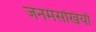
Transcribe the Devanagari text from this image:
जनमसखियाँ